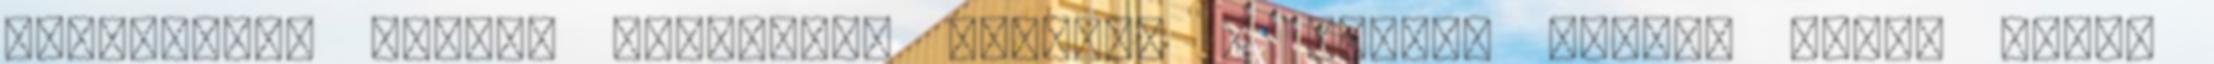
elteltével megint lehetőség adódott a Puskás előtt: Pekár vette